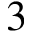
3